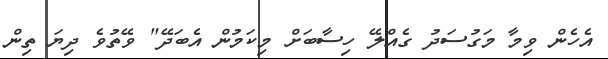
އެހެން ވިމާ މަގުސަދު ގެއްލޭ ހިސާބަށް މިކަމުން އެބަދޭ" ވޭތުވެ ދިޔަ ތިން